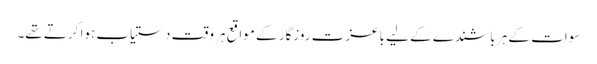
سوات کے ہر باشندے کے لیے باعزت روزگار کے مواقع ہر وقت دستیاب ہوا کرتے تھے۔